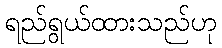
ရည်ရွယ်ထားသည်ဟု